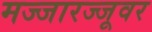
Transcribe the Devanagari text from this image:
मज्जारज्जूवर